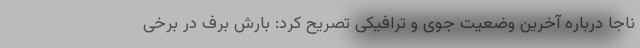
ناجا درباره آخرین وضعیت جوی و ترافیکی تصریح کرد: بارش برف در برخی